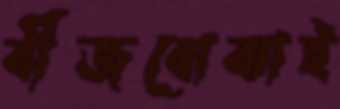
বীজবোঝাই